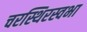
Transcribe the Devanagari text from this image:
चरस्थिरस्वभा